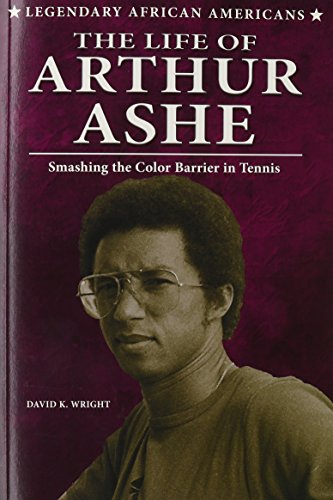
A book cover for The Life of Arthur Ashe: Smashing the Color Barrier in Tennis (Legendary African Americans); David K. Wright; Teen & Young Adult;